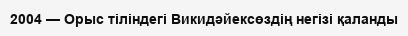
2004 — Орыс тіліндегі Викидәйексөздің негізі қаланды